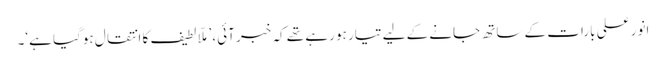
انور علی بارات کے ساتھ جانے کے لیے تیار ہو رہے تھے کہ خبر آئی، ’ملّا لطیف کا انتقال ہوگیا ہے‘۔